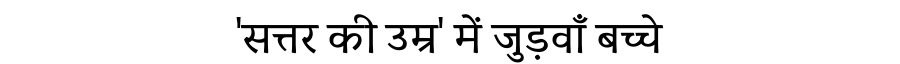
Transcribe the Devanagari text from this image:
'सत्तर की उम्र' में जुड़वाँ बच्चे